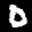
Label: 0